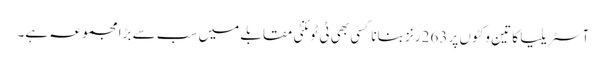
آسٹریلیا کا تین وکٹوں پر 263 رنز بنانا کسی بھی ٹی ٹوئنٹی مقابلے میں سب سے بڑا مجموعہ ہے۔